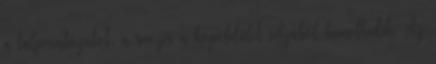
a talpmintázatot, a recézés a kopófelület síkjából kiemelkedik. Az